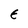
Character: E